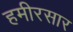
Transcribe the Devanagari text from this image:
हमीरसार